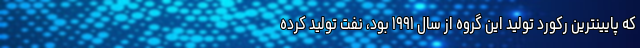
که پایینترین رکورد تولید این گروه از سال ۱۹۹۱ بود، نفت تولید کرده